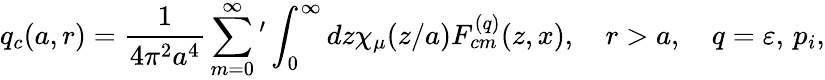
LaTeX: q_{c}(a,r)=\frac{1}{4\pi^{2}a^{4}}\sum_{m=0}^{\infty}{'}\int_{0}^{\infty}{dz\chi_{\mu}(z/a)F_{cm}^{(q)}(z,x)},\quad r>a,\quad q=\varepsilon,\, p_{i},